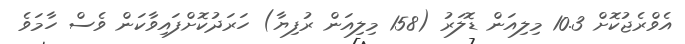
އެވްރެޖުކޮށް 10.3 މިލިއަން ޑޮލަރު (158 މިލިއަން ރުފިޔާ) ހަރަދުކޮށްފައިވާކަން ވެސް ހާމަވެ